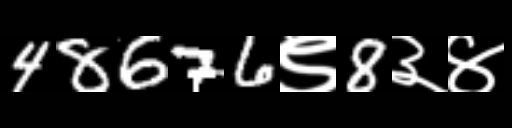
Text: 48676९8३४